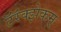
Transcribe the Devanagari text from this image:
टॅरॅक्झेकम्‌